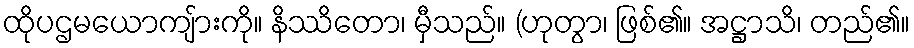
ထိုပဌမယောကျ်ားကို။ နိဿိတော၊ မှီသည်။ (ဟုတွာ၊ ဖြစ်၏။ အဋ္ဌာသိ၊ တည်၏။